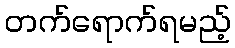
တက်ရောက်ရမည့်